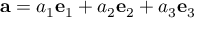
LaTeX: { \mathbf { a } } = a _ { 1 } { \mathbf { e } } _ { 1 } + a _ { 2 } { \mathbf { e } } _ { 2 } + a _ { 3 } { \mathbf { e } } _ { 3 }